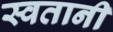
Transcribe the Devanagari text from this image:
स्वतानी